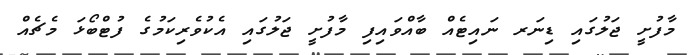
މާފުށީ ޖަލުގައި ޑިނަރ ނައިޓެއް ބާއްވައިފި މާފުށީ ޖަލުގައި އެކުވެރިކަމުގެ ފުޓްބޯޅަ މެޗެއް